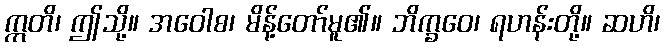
ဣတိ၊ ဤသို့။ အဝေါစ၊ မိန့်တော်မူ၏။ ဘိက္ခဝေ၊ ရဟန်းတို့။ ဆဟိ၊